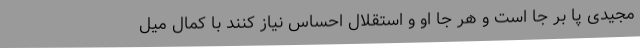
مجیدی پا بر جا است و هر جا او و استقلال احساس نیاز کنند با کمال میل